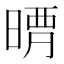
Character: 𣈺